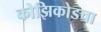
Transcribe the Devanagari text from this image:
कोझिकोडचा